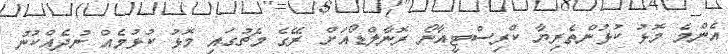
އެންމެ މޮޅު ކުޅުންތެރިޔާ ކްރިސްޓީއާނޯ ރޮނާލްޑޯއަށް ރޭގެ މެޗުގައި މޮޅު ކުޅުމެއް ނުދެއްކުނު